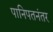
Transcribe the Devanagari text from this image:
पानिपतनंतर